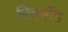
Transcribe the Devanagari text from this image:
रिचमौंड